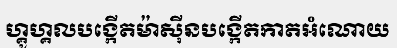
ហ្គូហ្គលបង្កើតម៉ាស៊ីនបង្កើតកាតអំណោយ